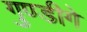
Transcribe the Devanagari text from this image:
गुण्डीगे